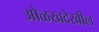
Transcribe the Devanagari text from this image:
ओळखदेखील